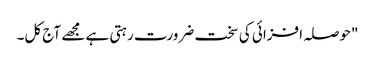
"حوصلہ افزائی کی سخت ضرورت رہتی ہے مجھے آج کل۔